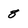
Character: 8